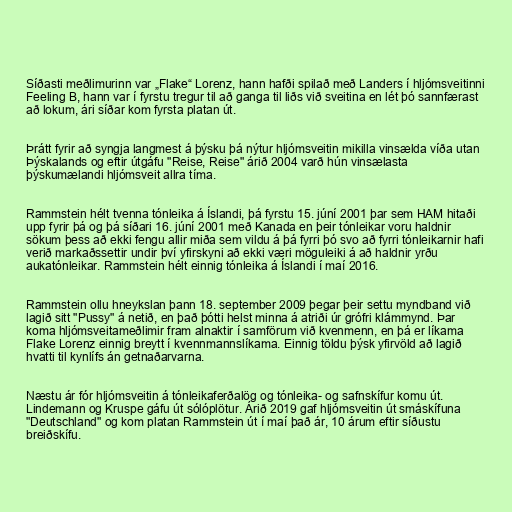
Síðasti meðlimurinn var „Flake“ Lorenz, hann hafði spilað með Landers í hljómsveitinni
Feeling B, hann var í fyrstu tregur til að ganga til liðs við sveitina en lét þó sannfærast
að lokum, ári síðar kom fyrsta platan út.

Þrátt fyrir að syngja langmest á þýsku þá nýtur hljómsveitin mikilla vinsælda víða utan
Þýskalands og eftir útgáfu "Reise, Reise" árið 2004 varð hún vinsælasta
þýskumælandi hljómsveit allra tíma.

Rammstein hélt tvenna tónleika á Íslandi, þá fyrstu 15. júní 2001 þar sem HAM hitaði
upp fyrir þá og þá síðari 16. júní 2001 með Kanada en þeir tónleikar voru haldnir
sökum þess að ekki fengu allir miða sem vildu á þá fyrri þó svo að fyrri tónleikarnir hafi
verið markaðssettir undir því yfirskyni að ekki væri möguleiki á að haldnir yrðu
aukatónleikar. Rammstein hélt einnig tónleika á Íslandi í maí 2016.

Rammstein ollu hneykslan þann 18. september 2009 þegar þeir settu myndband við
lagið sitt "Pussy" á netið, en það þótti helst minna á atriði úr grófri klámmynd. Þar
koma hljómsveitameðlimir fram alnaktir í samförum við kvenmenn, en þá er líkama
Flake Lorenz einnig breytt í kvennmannslíkama. Einnig töldu þýsk yfirvöld að lagið
hvatti til kynlífs án getnaðarvarna.

Næstu ár fór hljómsveitin á tónleikaferðalög og tónleika- og safnskífur komu út.
Lindemann og Kruspe gáfu út sólóplötur. Árið 2019 gaf hljómsveitin út smáskífuna
"Deutschland" og kom platan Rammstein út í maí það ár, 10 árum eftir síðustu
breiðskífu.